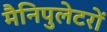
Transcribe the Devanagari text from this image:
मैनिपुलेटरों